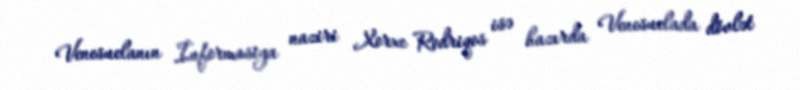
Venesuelanın İnformasiya naziri Xorxe Rodriqos isə hazırda Venesuelada dövlət